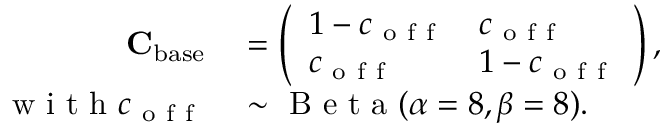
\begin{array} { r l } { \mathbf { C } _ { \mathrm { b a s e } } } & { { } = \left( \begin{array} { l l } { 1 - c _ { \mathrm { ~ o ~ f ~ f ~ } } } & { c _ { \mathrm { ~ o ~ f ~ f ~ } } } \\ { c _ { \mathrm { ~ o ~ f ~ f ~ } } } & { 1 - c _ { \mathrm { ~ o ~ f ~ f ~ } } } \end{array} \right) , } \\ { \mathrm { ~ w ~ i ~ t ~ h ~ } c _ { \mathrm { ~ o ~ f ~ f ~ } } } & { { } \sim \mathrm { ~ B ~ e ~ t ~ a ~ } ( \alpha = 8 , \beta = 8 ) . } \end{array}